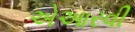
એઆરવી